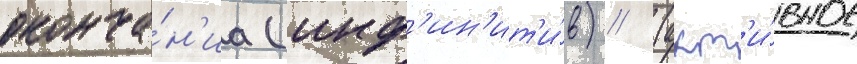
оконча́н'иа (инф'ин'ит'и́в) / (акт'и́вное